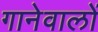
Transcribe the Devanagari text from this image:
गानेवालों